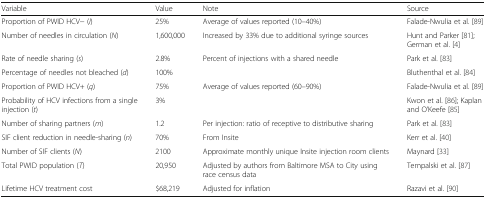
<table><thead><tr><td><b>Variable</b></td><td><b>Value</b></td><td><b>Note</b></td><td><b>Source</b></td></tr></thead><tbody><tr><td>Proportion of PWID HCV− (<i>I</i>)</td><td>25%</td><td>Average of values reported (10–40%)</td><td>Falade-Nwulia et al. [89]</td></tr><tr><td>Number of needles in circulation (<i>N</i>)</td><td>1,600,000</td><td>Increased by 33% due to additional syringe sources</td><td>Hunt and Parker [81]; German et al. [4]</td></tr><tr><td>Rate of needle sharing (<i>s</i>)</td><td>2.8%</td><td>Percent of injections with a shared needle</td><td>Park et al. [83]</td></tr><tr><td>Percentage of needles not bleached (<i>d</i>)</td><td>100%</td><td></td><td>Bluthenthal et al. [84]</td></tr><tr><td>Proportion of PWID HCV+ (<i>q</i>)</td><td>75%</td><td>Average of values reported (60–90%)</td><td>Falade-Nwulia et al. [89]</td></tr><tr><td>Probability of HCV infections from a single injection (<i>t</i>)</td><td>3%</td><td></td><td>Kwon et al. [86]; Kaplan and O’Keefe [85]</td></tr><tr><td>Number of sharing partners (<i>m</i>)</td><td>1.2</td><td>Per injection: ratio of receptive to distributive sharing</td><td>Park et al. [83]</td></tr><tr><td>SIF client reduction in needle-sharing (<i>n</i>)</td><td>70%</td><td>From Insite</td><td>Kerr et al. [40]</td></tr><tr><td>Number of SIF clients (<i>N</i>)</td><td>2100</td><td>Approximate monthly unique Insite injection room clients</td><td>Maynard [33]</td></tr><tr><td>Total PWID population (<i>T</i>)</td><td>20,950</td><td>Adjusted by authors from Baltimore MSA to City using race census data</td><td>Tempalski et al. [87]</td></tr><tr><td>Lifetime HCV treatment cost</td><td>$68,219</td><td>Adjusted for inflation</td><td>Razavi et al. [90]</td></tr></tbody></table>